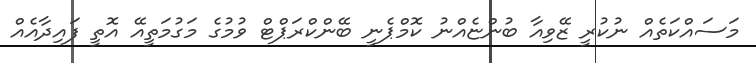
މަސައްކަތެއް ނުކުރީ ޒޭވިއާ ބުންޏެއްނު ކޮމްޕެނީ ބޭންކްރަޕްޓް ވުމުގެ މަގުމަތީއޭ އޮތީ ފައިދާއެއް